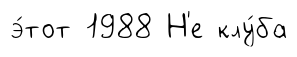
э́тот 1988 Н'е клу́ба